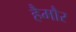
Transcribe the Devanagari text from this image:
हैमौर